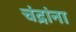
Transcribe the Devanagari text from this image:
चंद्रांना